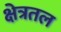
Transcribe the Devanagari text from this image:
क्षेत्रतल